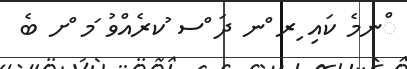
ްނމެ ކައި ިރ ްނ ދަ ްސ ުކރެއްވު ަމ ްށ ބެ